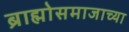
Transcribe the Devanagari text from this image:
ब्राह्मोसमाजाच्या